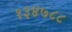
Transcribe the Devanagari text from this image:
१३४७८८